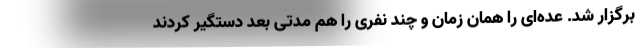
برگزار شد. عده‌ای را همان زمان و چند نفری را هم مدتی بعد دستگیر کردند